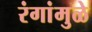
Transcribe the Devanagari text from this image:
रंगांमुळे